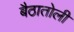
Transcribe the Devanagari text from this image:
बैठातोली